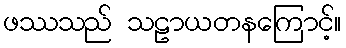
ဖဿသည် သဠာယတနကြောင့်။